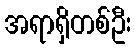
အရာရှိတစ်ဦး